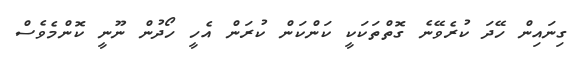
ގިނައިން ހޭދަ ކުރެވޭނެ ގޮތްތަކަކީ ކަންކަން ކުރަން އެހީ ހޯދުން ނޫނީ ކޮންމެވެސް